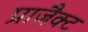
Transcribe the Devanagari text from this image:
प्राजैक्ट